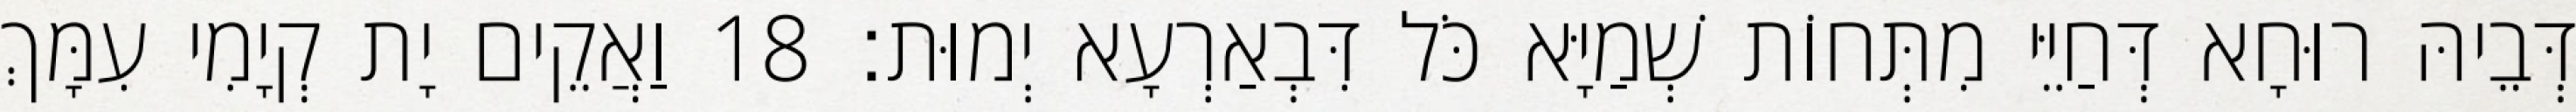
דְּבֵיהּ רוּחָא דְּחַיֵּי מִתְּחוֹת שְׁמַיָּא כֹּל דִּבְאַרְעָא יְמוּת׃ 18 וַאֲקֵים יָת קְיָמִי עִמָּךְ